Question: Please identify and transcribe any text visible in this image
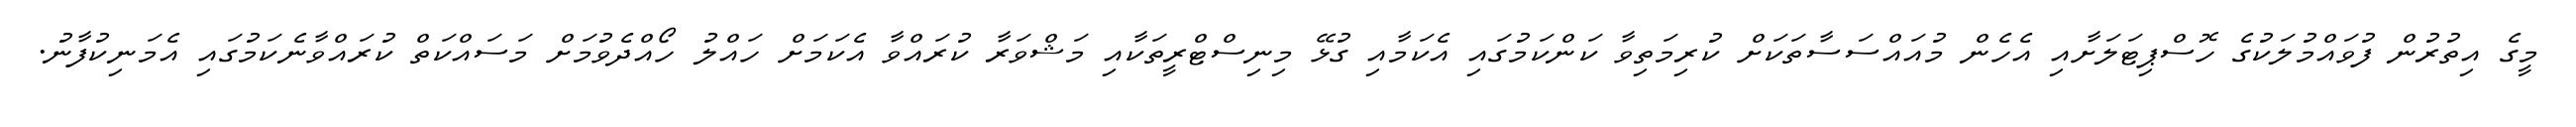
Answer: މީގެ އިތުރުން ފުވައްމުލަކުގެ ހޮސްޕިޓަލަށާއި އެހެން މުއައްސަސާތަކަށް ކުރިމަތިވާ ކަންކަމުގައި އެކަމާއި ގުޅޭ މިނިސްޓްރީތަކާއި މަޝްވަރާ ކުރައްވާ އެކަމަށް ހައްލު ހޯއްދެވުމަށް މަސައްކަތް ކުރައްވާނެކަމުގައި އެމަނިކުފާނު.